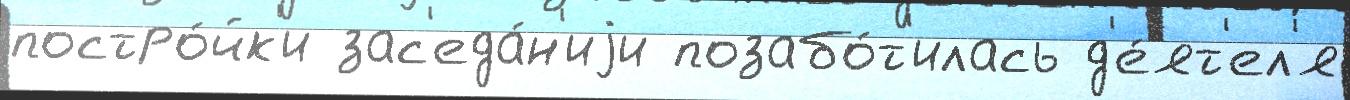
постро́йк'и зас'еда́н'иjи позабо́т'илась д'е́ят'ел'я